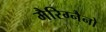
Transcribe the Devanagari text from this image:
मैरिग्नैनो